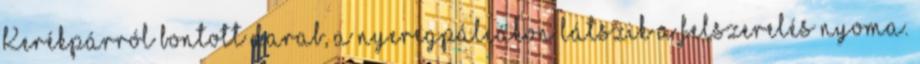
Kerékpárról bontott darab, a nyeregpálcákon látszik a felszerelés nyoma.